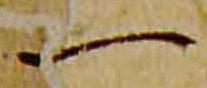
一